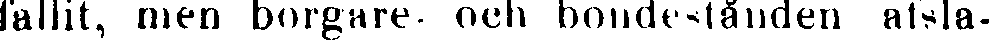
fallit, men borgare- och bondestånden afsla-